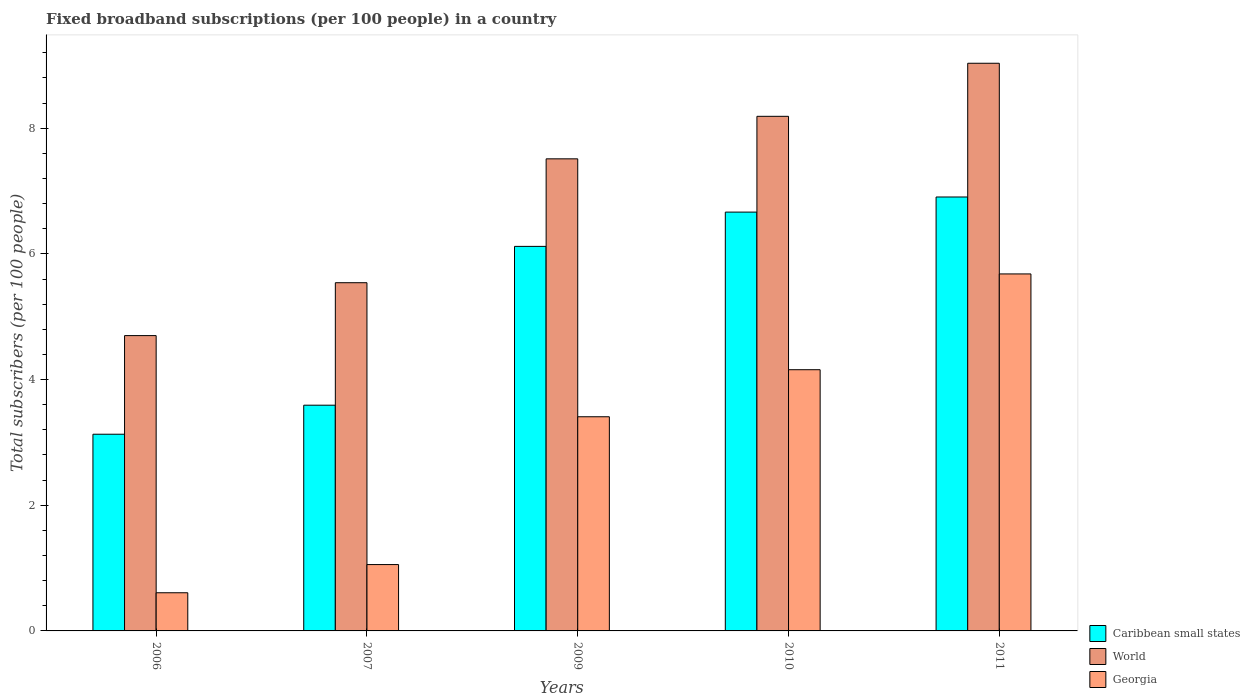
| Years | Caribbean small states | World | Georgia |
 | --- | --- | --- | --- |
 | 2006 | 3.13 | 4.7 | 0.607 |
 | 2007 | 3.59 | 5.54 | 1.06 |
 | 2009 | 6.12 | 7.51 | 3.41 |
 | 2010 | 6.66 | 8.19 | 4.16 |
 | 2011 | 6.91 | 9.03 | 5.68 |